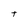
Character: t